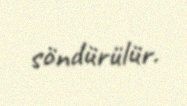
söndürülür.